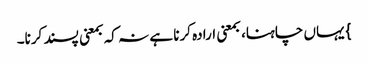
} یہاں چاہنا، بمعنی ارادہ کرنا ہے نہ کہ بمعنی پسند کرنا۔